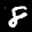
Label: 8